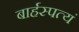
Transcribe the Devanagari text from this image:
बार्हस्पत्यं